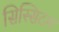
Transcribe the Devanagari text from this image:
सिस्सिटम